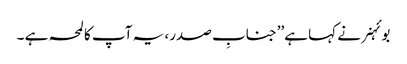
بوئہنر نے کہا ہے’’جنابِ صدر، یہ آپ کا لمحہ ہے ۔